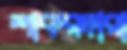
শাকরদারা